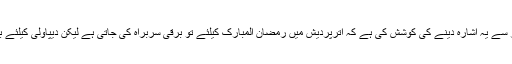
مودی نے اپنی تقریر سے یہ اشارہ دینے کی کوشش کی ہے کہ اترپردیش میں رمضان المبارک کیلئے تو برقی سربراہ کی جاتی ہے لیکن دیپاولی کیلئے برقی نہیں دی جاتی ۔